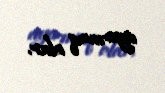
ayırmaq olar.